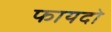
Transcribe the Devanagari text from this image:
फायदो